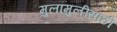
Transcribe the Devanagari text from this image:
मुलांमुलींसाठी